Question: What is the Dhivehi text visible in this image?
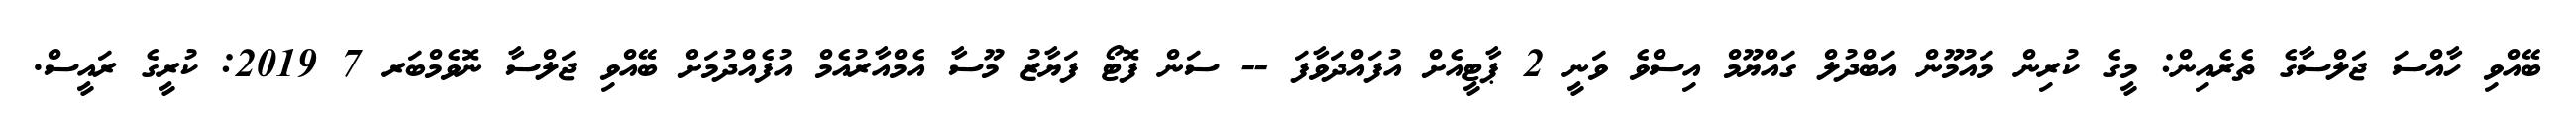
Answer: ބޭއްވި ހާއްސަ ޖަލްސާގެ ތެރެއިން: މީގެ ކުރިން މައުމޫން އަބްދުލް ގައްޔޫމް އިސްވެ ވަނީ 2 ޕާޓީއެށް އުފައްދަވާފަ -- ސަން ފޮޓޯ ފަޔާޒު މޫސާ އެމްއާރުއެމް އުފެއްދުމަށް ބޭއްވި ޖަލްސާ ނޮވެމްބަރ 7 2019: ކުރީގެ ރައީސް.